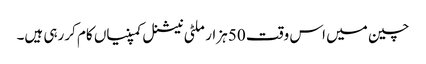
چین میں اس وقت 50 ہزار ملٹی نیشنل کمپنیاں کام کررہی ہیں۔